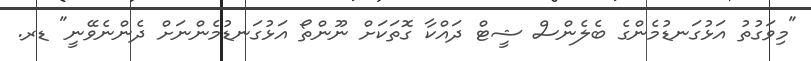
"މިވަގުތު އަޅުގަނޑުމެންގެ ބެލެންސް ޝީޓް ދައްކާ ގޮތަކަށް ނޫންތޯ އަޅުގަނޑުމެންނަށް ދެންނެވޭނީ" ޑރ.